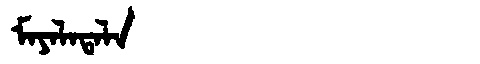
Manchu: ᠮᠠᠶᠠᠯᠠᡨᠠᠯᠠ
Romanization: MAYALATALA